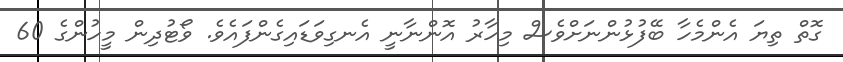
ގޮތް ތިޔަ އެންމެހާ ބޭފުޅުންނަށްވެސް މިހާރު އޮންނާނީ އެނގިވަޑައިގެންފައެވެ. ވޯޓުދިން މީހުންގެ 60